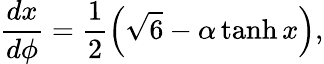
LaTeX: {\frac{dx}{d\phi}=\frac{1}{2}\left(\sqrt{6}-\alpha\operatorname{tanh}x\right),}